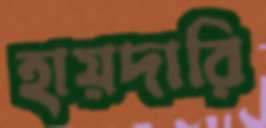
হায়দারি